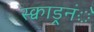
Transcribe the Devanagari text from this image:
स्क्वाड्रनंे